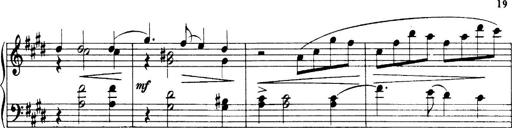
Title: 3 Sonatinas, Op.67
Composer: Jean Sibelius